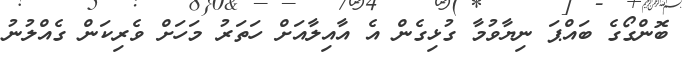
ބޮންގޯގެ ބައްޕަ ނިޔާވުމާ ގުޅިގެން އެ އާއިލާއަށް ހަތަރު މަހަށް ވެރިކަން ގެއްލުނު